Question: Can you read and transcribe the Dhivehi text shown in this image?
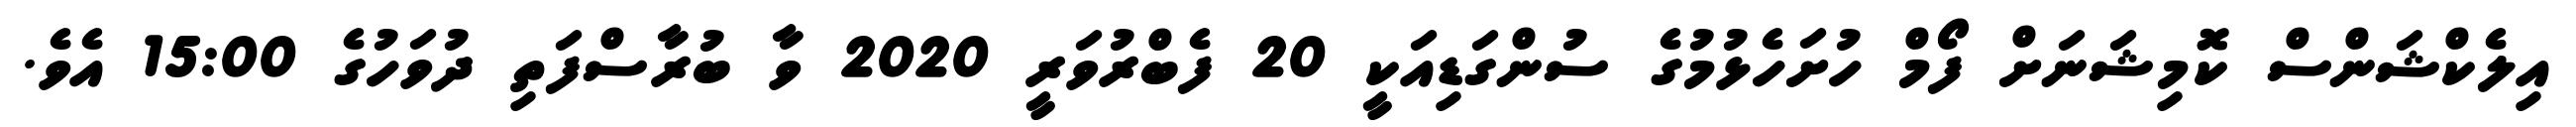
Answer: އިލެކްޝަންސް ކޮމިޝަނަށް ފޯމް ހުށަހެޅުމުގެ ސުންގަޑިއަކީ 20 ފެބްރުވަރީ 2020 ވާ ބުރާސްފަތި ދުވަހުގެ 15:00 އެވެ.